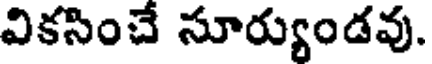
వికసించే సూర్యుండవు.